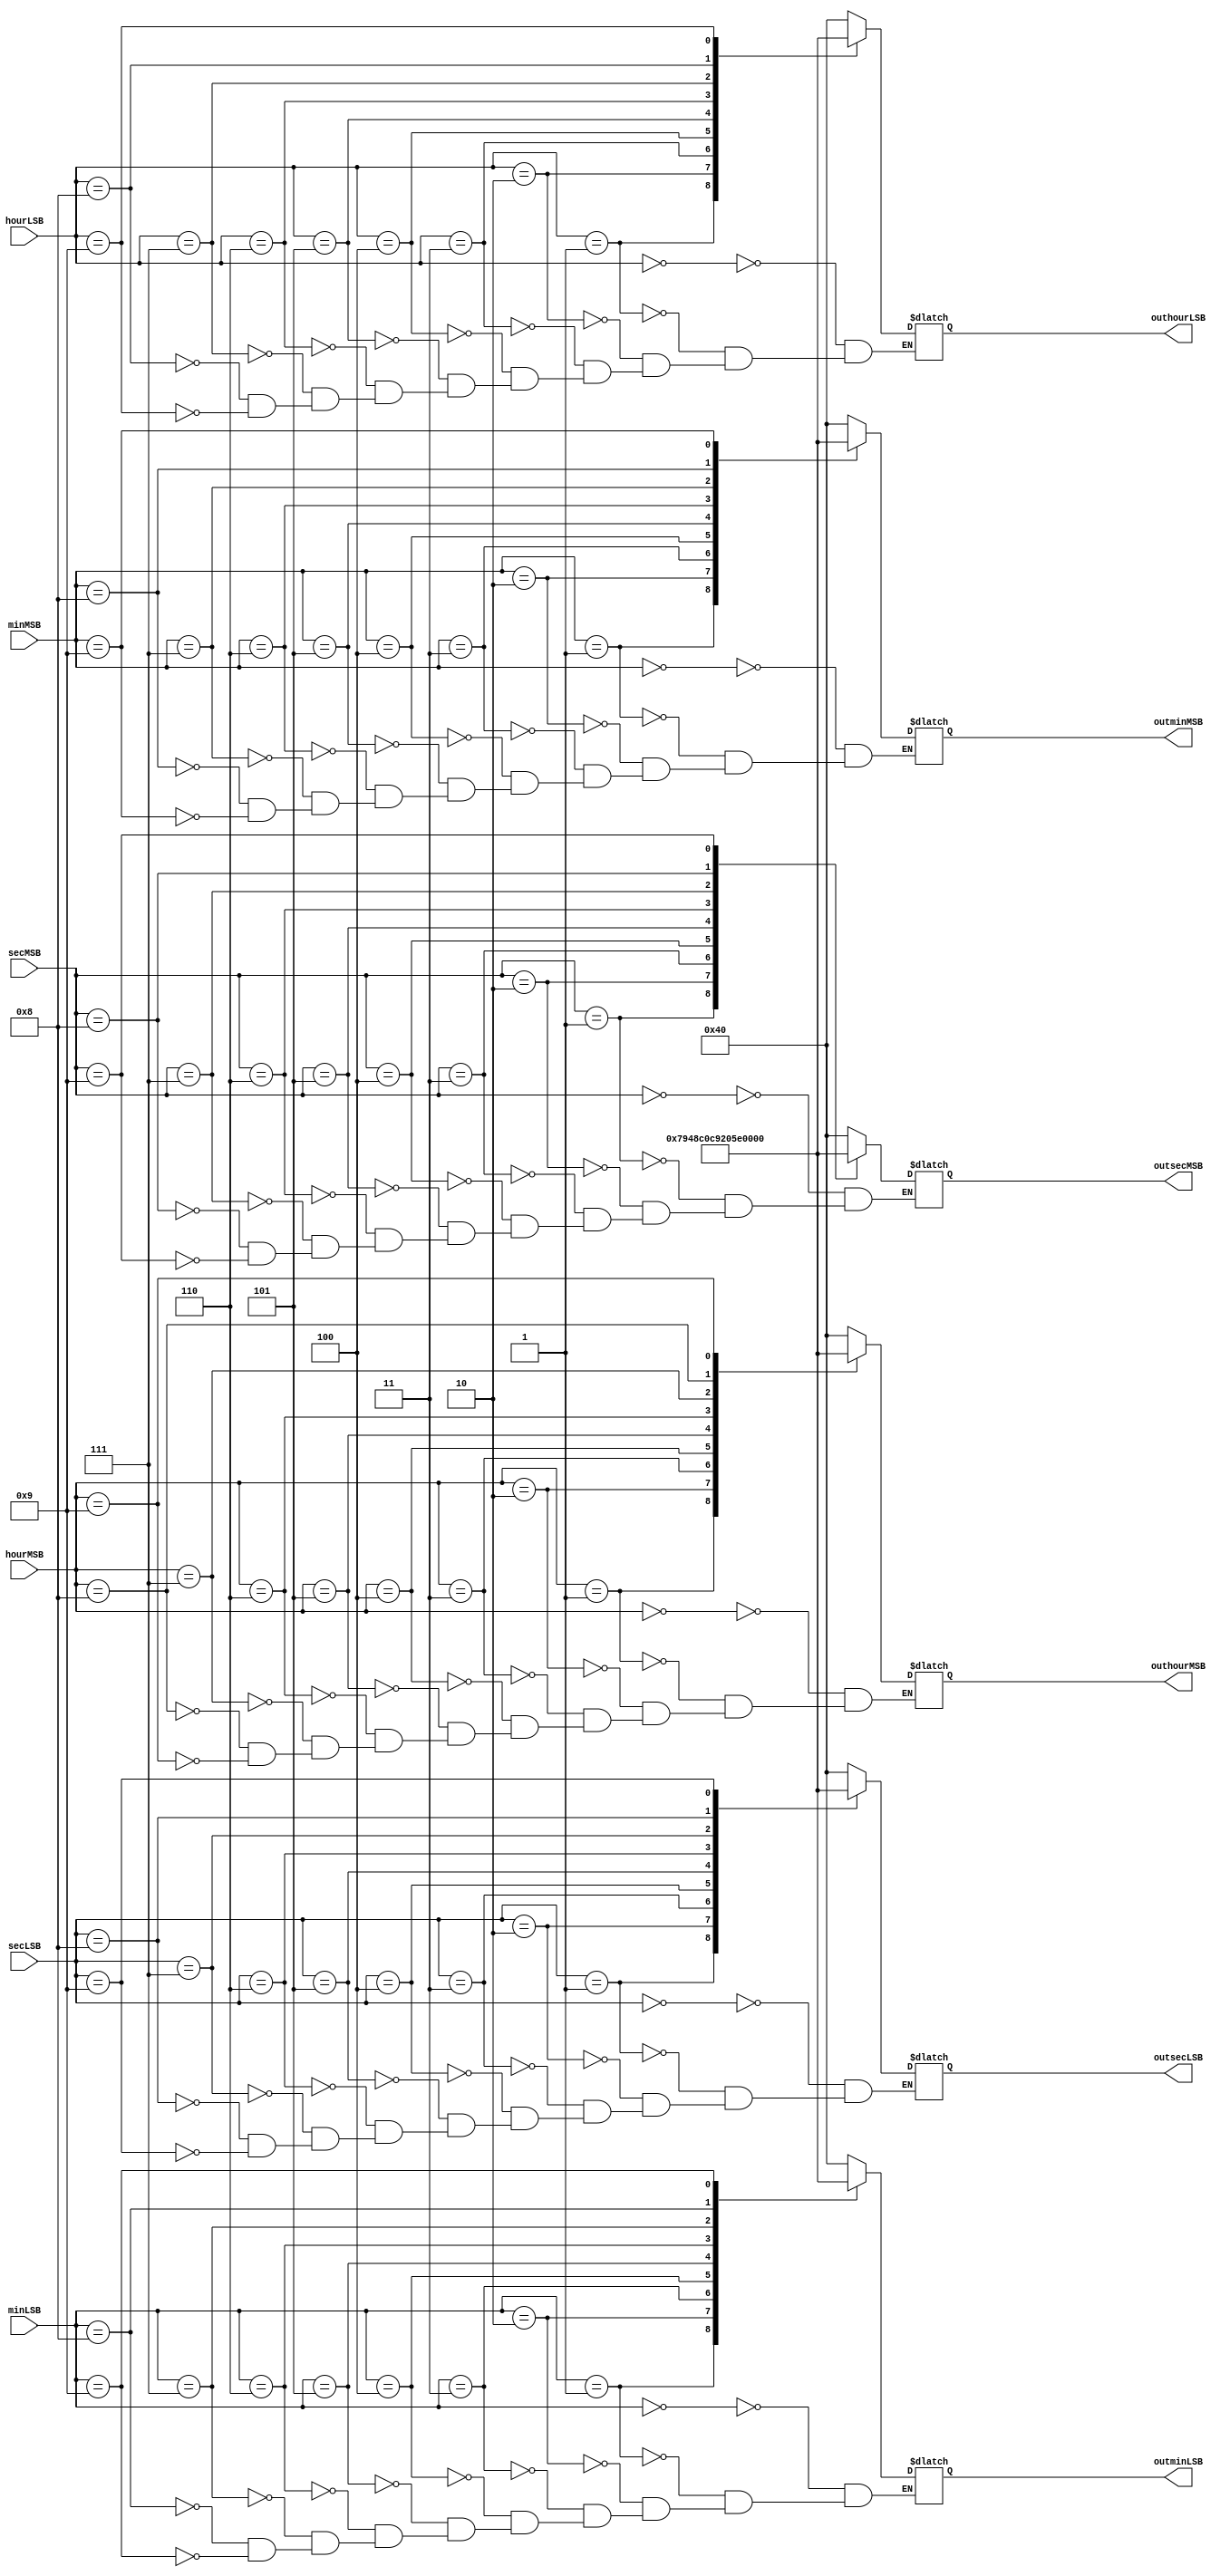
`timescale 1ns / 1ps

module fourDigitDisplayDecoder(secMSB, secLSB, minMSB, minLSB, hourMSB, hourLSB, outsecMSB, outsecLSB, outminMSB, outminLSB, outhourMSB, outhourLSB);
    input [3:0] secMSB, secLSB, minMSB, minLSB, hourMSB, hourLSB;
    output reg [6:0] outsecMSB, outsecLSB, outminMSB, outminLSB, outhourMSB, outhourLSB;
    
    //SECONDS
    always @(secMSB)
    begin
        case (secMSB)
            0: outsecMSB = 7'b1000000;
            1: outsecMSB = 7'b1111001;
            2: outsecMSB = 7'b0100100;
            3: outsecMSB = 7'b0110000;
            4: outsecMSB = 7'b0011001;
            5: outsecMSB = 7'b0010010;
            6: outsecMSB = 7'b0000010;
            7: outsecMSB = 7'b1111000;
            8: outsecMSB = 7'b0000000;
            9: outsecMSB = 7'b0010000;
        endcase
    end
    
    always @(secLSB)
    begin
        case (secLSB)
            0: outsecLSB = 7'b1000000;
            1: outsecLSB = 7'b1111001;
            2: outsecLSB = 7'b0100100;
            3: outsecLSB = 7'b0110000;
            4: outsecLSB = 7'b0011001;
            5: outsecLSB = 7'b0010010;
            6: outsecLSB = 7'b0000010;
            7: outsecLSB = 7'b1111000;
            8: outsecLSB = 7'b0000000;
            9: outsecLSB = 7'b0010000;
        endcase
    end
    
    //MINUTES
    always @(minMSB)
    begin
        case (minMSB)
            0: outminMSB = 7'b1000000;
            1: outminMSB = 7'b1111001;
            2: outminMSB = 7'b0100100;
            3: outminMSB = 7'b0110000;
            4: outminMSB = 7'b0011001;
            5: outminMSB = 7'b0010010;
            6: outminMSB = 7'b0000010;
            7: outminMSB = 7'b1111000;
            8: outminMSB = 7'b0000000;
            9: outminMSB = 7'b0010000;
        endcase
    end
    
    always @(minLSB)
    begin
        case (minLSB)
            0: outminLSB = 7'b1000000;
            1: outminLSB = 7'b1111001;
            2: outminLSB = 7'b0100100;
            3: outminLSB = 7'b0110000;
            4: outminLSB = 7'b0011001;
            5: outminLSB = 7'b0010010;
            6: outminLSB = 7'b0000010;
            7: outminLSB = 7'b1111000;
            8: outminLSB = 7'b0000000;
            9: outminLSB = 7'b0010000;
        endcase
    end
    
    //HOURS
    always @(hourMSB)
    begin
        case (hourMSB)
            0: outhourMSB = 7'b1000000;
            1: outhourMSB = 7'b1111001;
            2: outhourMSB = 7'b0100100;
            3: outhourMSB = 7'b0110000;
            4: outhourMSB = 7'b0011001;
            5: outhourMSB = 7'b0010010;
            6: outhourMSB = 7'b0000010;
            7: outhourMSB = 7'b1111000;
            8: outhourMSB = 7'b0000000;
            9: outhourMSB = 7'b0010000;
        endcase
    end
    
    always @(hourLSB)
    begin
        case (hourLSB)
            0: outhourLSB = 7'b1000000;
            1: outhourLSB = 7'b1111001;
            2: outhourLSB = 7'b0100100;
            3: outhourLSB = 7'b0110000;
            4: outhourLSB = 7'b0011001;
            5: outhourLSB = 7'b0010010;
            6: outhourLSB = 7'b0000010;
            7: outhourLSB = 7'b1111000;
            8: outhourLSB = 7'b0000000;
            9: outhourLSB = 7'b0010000;
        endcase
    end
endmodule